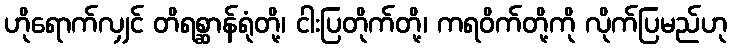
ဟိုရောက်လျှင် တိရစ္ဆာန်ရုံတို့၊ ငါးပြတိုက်တို့၊ ကရဝိက်တို့ကို လိုက်ပြမည်ဟု